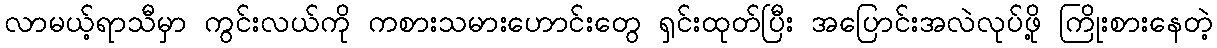
လာမယ့်ရာသီမှာ ကွင်းလယ်ကို ကစားသမားဟောင်းတွေ ရှင်းထုတ်ပြီး အပြောင်းအလဲလုပ်ဖို့ ကြိုးစားနေတဲ့